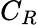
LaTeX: C_{R}